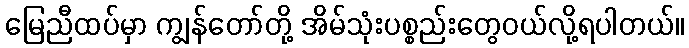
မြေညီထပ်မှာ ကျွန်တော်တို့ အိမ်သုံးပစ္စည်းတွေဝယ်လို့ရပါတယ်။